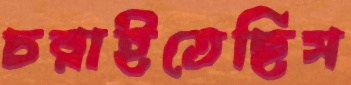
চরাইতেছিস